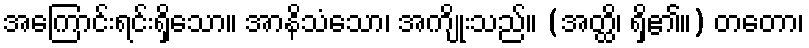
အကြောင်းရင်းရှိသော။ အာနိသံသော၊ အကျိုးသည်။ (အတ္ထိ၊ ရှိ၏။) တတော၊